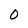
Character: 0